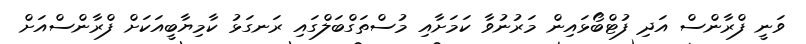
ވަނީ ފްރާންސް އަދި ފުޓްބޯޅައިން މަރުނުވާ ކަމަށާއި މުސްތަގްބަލްގައި ރަނގަޅު ކާމިޔާބީއަކަށް ފްރާންސްއަށް